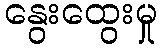
နွေးထွေးမှု